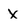
Character: x